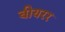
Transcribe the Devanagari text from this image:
बीयरर